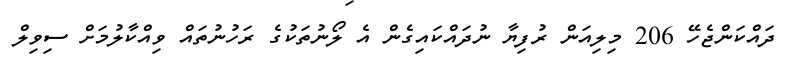
ދައްކަންޖެހޭ 206 މިލިއަން ރުފިޔާ ނުދައްކައިގެން އެ ލޯނުތަކުގެ ރަހުނުތައް ވިއްކާލުމަށް ސިވިލް